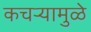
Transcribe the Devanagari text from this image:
कचर्‍यामुळे